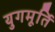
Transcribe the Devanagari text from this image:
युगमूर्ति